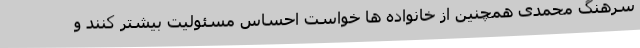
سرهنگ محمدی همچنین از خانواده ها خواست احساس مسئولیت بیشتر کنند و